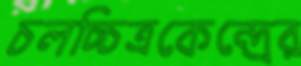
চলচ্চিত্রকেন্দ্রের